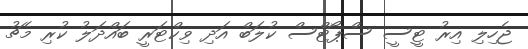
ޖެހިލި އިރު ޓީސީ ސްޕޯޓްސް ކުލަބް އަދި ވިކްޓަރީ ބައްދަލު ކުރި މެޗު